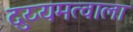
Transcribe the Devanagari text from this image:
दुय्यमत्वाला